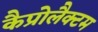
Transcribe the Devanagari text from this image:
कैप्रोलैक्टम